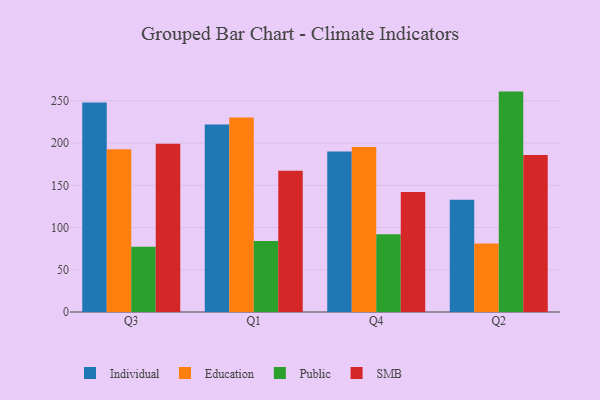
{"axis": {"x": "Quarter", "y": "Latency (ms)"}, "legend": ["Education", "Individual", "Public", "SMB"], "data": [{"x": "Q3", "y": 248.2, "type": "Individual"}, {"x": "Q3", "y": 192.8, "type": "Education"}, {"x": "Q3", "y": 77.4, "type": "Public"}, {"x": "Q3", "y": 199.3, "type": "SMB"}, {"x": "Q1", "y": 221.9, "type": "Individual"}, {"x": "Q1", "y": 230.3, "type": "Education"}, {"x": "Q1", "y": 84.1, "type": "Public"}, {"x": "Q1", "y": 167.2, "type": "SMB"}, {"x": "Q4", "y": 190.1, "type": "Individual"}, {"x": "Q4", "y": 195.4, "type": "Education"}, {"x": "Q4", "y": 92.0, "type": "Public"}, {"x": "Q4", "y": 142.1, "type": "SMB"}, {"x": "Q2", "y": 132.8, "type": "Individual"}, {"x": "Q2", "y": 81.0, "type": "Education"}, {"x": "Q2", "y": 261.0, "type": "Public"}, {"x": "Q2", "y": 185.8, "type": "SMB"}]}